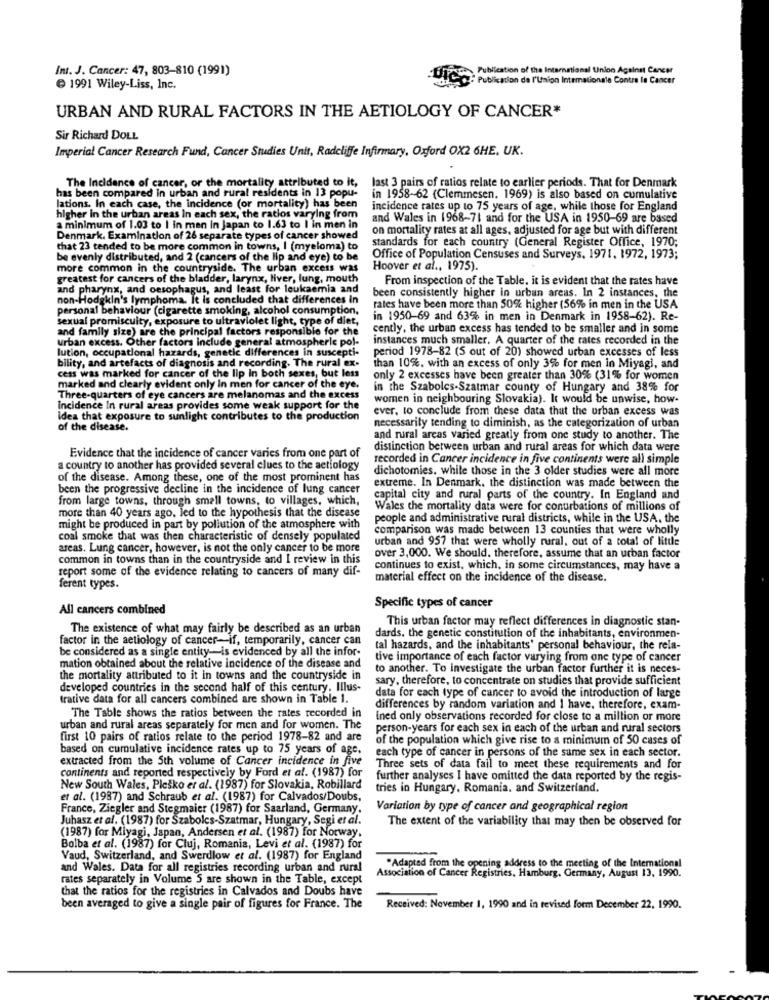
Int. J. Cancer: 47, 803-810 (1991)
Publication of the International Union Against Cancer
ICO
- Publication de l'Union Internationale Contre In Cancer
1991 Wiley-Liss, Inc.
URBAN AND RURAL FACTORS IN THE AETIOLOGY OF CANCER*
Sir Richard DOLL
Imperial Cancer Research Fund, Cancer Studies Unit, Radcliffe Infirmary, Oxford OX2 6HE, UK.
has been compared in urban and rural residents in 13 popu-
The Incidence of cancer, or the mortality attributed to it, last 3 pairs of ratios relate to earlier periods. That for Denmark
in 1958-62 (Clemmesen. 1969) is also based on cumulative
lations. In each case, the incidence (or mortality) has been
incidence rates up to 75 years of age, while those for England
higher in the urban areas In each sex, the ratios varying from
and Wales in 1968-71 and for the USA in 1950-69 are based
a minimum of 1.03 to I in men in Japan to 1.63 to I in men in
on mortality rates at all ages, adjusted for age but with different
Denmark. Examination of 26 separate types of cancer showed
standards for each country (General Register Office, 1970;
that 23 tended to be more common in towns, I (myeloma) to
be evenly distributed, and 2 (cancers of the lip and eye) to be
Office of Population Censuses and Surveys, 1971, 1972, 1973;
more common in the countryside. The urban excess was
Hoover et al ., 1975).
greatest for cancers of the bladder, larynx, liver, lung, mouth
From inspection of the Table, it is evident that the rates have
and pharynx, and oesophagus, and least for leukaemia and
non-Hodgkin's lymphoma. It is concluded that differences in
been consistently higher in urban areas. In 2 instances, the
personal behaviour (cigarette smoking, alcohol consumption,
rates have been more than 50% higher (56% in men in the USA
sexual promiscuity, exposure to ultraviolet light, type of diet,
in 1950-69 and 63% in men in Denmark in 1958-62). Re-
and family size) are the principal factors responsible for the
cently, the urban excess has tended to be smaller and in some
urban excess. Other factors include general atmospheric pol-
instances much smaller. A quarter of the rates recorded in the
lution, occupational hazards, genetic differences in suscepti-
period 1978-82 (5 out of 20) showed urban excesses of less
bility, and artefacts of diagnosis and recording. The rural ex-
than 10%. with an excess of only 3% for men in Miyagi, and
cess was marked for cancer of the lip In both sexes, but less
only 2 excesses have been greater than 30% (31% for women
marked and clearly evident only in men for cancer of the eye.
in the Szabolcs-Szatmar county of Hungary and 38% for
Three-quarters of eye cancers are melanomas and the excess
women in neighbouring Slovakia). It would be unwise, how-
Incidence In rural areas provides some weak support for the
ever. to conclude from these data that the urban excess was
idea that exposure to sunlight contributes to the production
of the disease.
necessarily tending to diminish, as the categorization of urban
and rural areas varied greatly from one study to another. The
distinction between urban and rural areas for which data were
Evidence that the incidence of cancer varies from one part of
recorded in Cancer incidence in five continents were all simple
a country to another has provided several clues to the aetiology
dichotomies. while those in the 3 older studies were all more
of the disease. Among these, one of the most prominent has
been the progressive decline in the incidence of lung cancer
extreme. In Denmark. the distinction was made between the
from large towns, through small towns, to villages, which,
capital city and rural parts of the country. In England and
more than 40 years ago, led to the hypothesis that the disease
Wales the mortality data were for conurbations of millions of
people and administrative rural districts, while in the USA. the
might be produced in part by pollution of the atmosphere with
comparison was made between 13 counties that were wholly
coal smoke that was then characteristic of densely populated
urban and 957 that were wholly rural, out of a total of little
areas. Lung cancer, however, is not the only cancer to be more
common in towns than in the countryside and I review in this
over 3,000. We should, therefore, assume that an urban factor
report some of the evidence relating to cancers of many dif-
continues to exist, which, in some circumstances, may have a
material effect on the incidence of the disease.
ferent types.
All cancers combined
Specific types of cancer
This urban factor may reflect differences in diagnostic stan-
The existence of what may fairly be described as an urban
factor in the aetiology of cancer-if, temporarily, cancer can
dards. the genetic constitution of the inhabitants, environmen-
be considered as a single entity -- is evidenced by all the infor-
tal hazards, and the inhabitants' personal behaviour, the rela-
tive importance of each factor varying from one type of cancer
mation obtained about the relative incidence of the disease and
to another. To Investigate the urban factor further it is neces-
the mortality attributed to it in towns and the countryside in
sary, therefore, to concentrate on studies that provide sufficient
developed countries in the second half of this century. Illus-
trative data for all cancers combined are shown in Table 1.
data for each type of cancer to avoid the introduction of large
differences by random variation and I have. therefore, exam-
The Table shows the ratios between the rates recorded in
ined only observations recorded for close to a million or more
urban and rural areas separately for men and for women. The
person-years for each sex in each of the urban and rural sectors
first 10 pairs of ratios relate to the period 1978-82 and are
of the population which give rise to a minimum of 50 cases of
based on cumulative incidence rates up to 75 years of age.
extracted from the 5th volume of Cancer incidence in five
each type of cancer in persons of the same sex in each sector.
continents and reported respectively by Ford et al. (1987) for
Three sets of data fail to meet these requirements and for
further analyses I have omitted the data reported by the regis-
New South Wales, Plesko et al. (1987) for Slovakia, Robillard
tries in Hungary, Romania. and Switzerland.
et al. (1987) and Schraub et al. (1987) for Calvados/Doubs,
France, Ziegler and Stegmaier (1987) for Saarland, Germany.
Variation by type of cancer and geographical region
Juhasz et al. (1987) for Szabolcs-Szatmar, Hungary, Segi et al.
The extent of the variability that may then be observed for
(1987) for Miyagi, Japan, Andersen et al. (1987) for Norway.
Bolba et al. (1987) for Cluj, Romania, Levi et al. (1987) for
Vaud, Switzerland, and Swerdlow et al. (1987) for England
-
and Wales. Data for all registries recording urban and rural
Association of Cancer Registries, Hamburg, Germany, August 13, 1990.
"Adapted from the opening address to the meeting of the International
rates separately in Volume S are shown in the Table, except
that the ratios for the registries in Calvados and Doubs have
been averaged to give a single pair of figures for France. The
Received: November 1, 1990 and in revised form December 22, 1990.